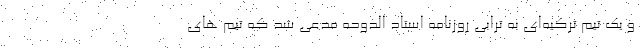
و یک تیم ترکیه‌ای به ترابی روزنامه استاد الدوحه مدعی شد که تیم های